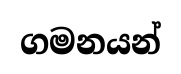
ගමනයන්